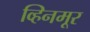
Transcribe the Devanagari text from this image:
व्हिनमूर